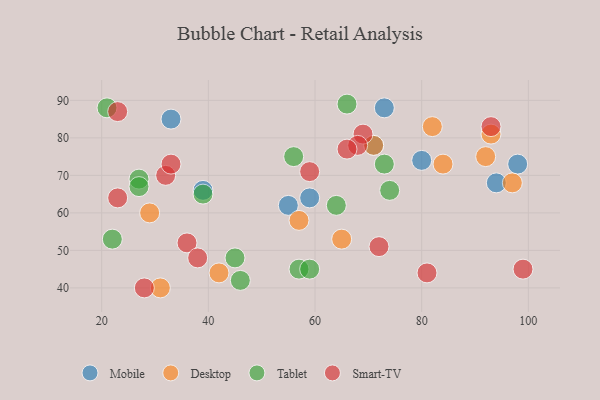
{"axis": {"x": "GDP", "y": "Life Expectancy"}, "legend": ["Desktop", "Mobile", "Smart-TV", "Tablet"], "data": [{"x": "71", "y": 78, "type": "Mobile"}, {"x": "94", "y": 68, "type": "Mobile"}, {"x": "39", "y": 66, "type": "Mobile"}, {"x": "73", "y": 88, "type": "Mobile"}, {"x": "55", "y": 62, "type": "Mobile"}, {"x": "59", "y": 64, "type": "Mobile"}, {"x": "98", "y": 73, "type": "Mobile"}, {"x": "33", "y": 85, "type": "Mobile"}, {"x": "80", "y": 74, "type": "Mobile"}, {"x": "92", "y": 75, "type": "Desktop"}, {"x": "82", "y": 83, "type": "Desktop"}, {"x": "65", "y": 53, "type": "Desktop"}, {"x": "31", "y": 40, "type": "Desktop"}, {"x": "97", "y": 68, "type": "Desktop"}, {"x": "42", "y": 44, "type": "Desktop"}, {"x": "71", "y": 78, "type": "Desktop"}, {"x": "93", "y": 81, "type": "Desktop"}, {"x": "29", "y": 60, "type": "Desktop"}, {"x": "57", "y": 58, "type": "Desktop"}, {"x": "84", "y": 73, "type": "Desktop"}, {"x": "66", "y": 89, "type": "Tablet"}, {"x": "56", "y": 75, "type": "Tablet"}, {"x": "73", "y": 73, "type": "Tablet"}, {"x": "22", "y": 53, "type": "Tablet"}, {"x": "64", "y": 62, "type": "Tablet"}, {"x": "27", "y": 69, "type": "Tablet"}, {"x": "46", "y": 42, "type": "Tablet"}, {"x": "39", "y": 65, "type": "Tablet"}, {"x": "27", "y": 67, "type": "Tablet"}, {"x": "57", "y": 45, "type": "Tablet"}, {"x": "21", "y": 88, "type": "Tablet"}, {"x": "59", "y": 45, "type": "Tablet"}, {"x": "74", "y": 66, "type": "Tablet"}, {"x": "45", "y": 48, "type": "Tablet"}, {"x": "93", "y": 83, "type": "Smart-TV"}, {"x": "36", "y": 52, "type": "Smart-TV"}, {"x": "32", "y": 70, "type": "Smart-TV"}, {"x": "81", "y": 44, "type": "Smart-TV"}, {"x": "33", "y": 73, "type": "Smart-TV"}, {"x": "69", "y": 81, "type": "Smart-TV"}, {"x": "99", "y": 45, "type": "Smart-TV"}, {"x": "23", "y": 64, "type": "Smart-TV"}, {"x": "68", "y": 78, "type": "Smart-TV"}, {"x": "72", "y": 51, "type": "Smart-TV"}, {"x": "23", "y": 87, "type": "Smart-TV"}, {"x": "38", "y": 48, "type": "Smart-TV"}, {"x": "28", "y": 40, "type": "Smart-TV"}, {"x": "66", "y": 77, "type": "Smart-TV"}, {"x": "59", "y": 71, "type": "Smart-TV"}]}